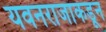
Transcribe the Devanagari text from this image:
यवनराजाकडून